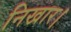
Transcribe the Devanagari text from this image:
निखार।